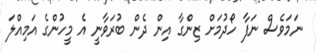
ނަމަވެސް ނަފާ ހޯދުމަށް ޒިންގާ އިން ދެން ބުރަވާނީ އެ މީހުންގެ އަމިއްލަ